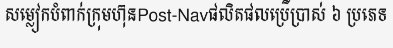
សម្លៀកបំពាក់ក្រុមហ៊ុនPost-Navផលិតផលប្រើប្រាស់ ៦ ប្រភេទ